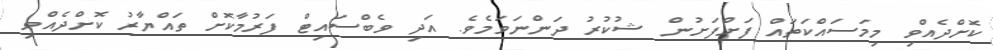
ކޮށްދެއްވި މިމަސައްކަތައް ފަށްފަށުން ޝުކުރު ދަންނަވަމެވެ. އަދި ވެބްސައިޓް ފަރުމާކޮށް ތައްޔާރު ކޮށްދެއްވި